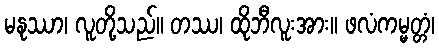
မနုဿာ၊ လူတို့သည်။ တဿ၊ ထိုဘီလူးအား။ ဖလံကမ္မတ္တံ၊